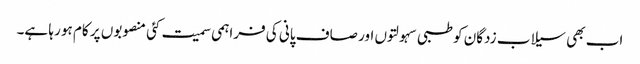
اب بھی سیلاب زدگان کو طبی سہولتوں اور صاف پانی کی فراہمی سمیت کئی منصوبوں پر کام ہو رہا ہے۔